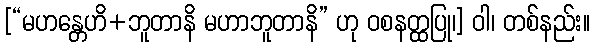
[“မဟန္တေဟိ+ဘူတာနိ မဟာဘူတာနိ” ဟု ဝစနတ္ထပြု၊] ဝါ၊ တစ်နည်း။